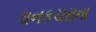
ઘનકચરાના